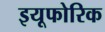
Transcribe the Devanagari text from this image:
इयूफोरिक